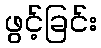
ဖွင့်ခြင်း